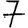
Digit: 7